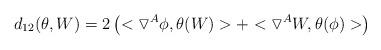
LaTeX: \begin{align*}d_{12}(\theta,W)=2\left(<\triangledown^{A}\phi,\theta(W)> + <\triangledown^{A}W,\theta(\phi)>\right)\end{align*}